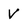
Character: v